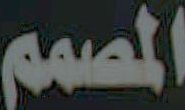
المصمم